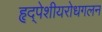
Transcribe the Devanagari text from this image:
हृद्‌पेशीयरोधगलन